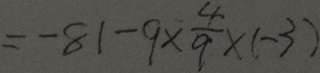
= - 8 1 - 9 \times \frac { 4 } { 9 } \times ( - 3 )